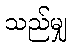
သည်မျှ